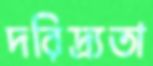
দরিদ্র্যতা